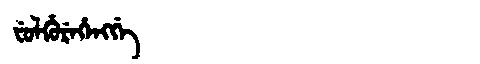
Manchu: ᠸᡠᠯᡥᡠᡵᡝᡥᡝᠩᡤᡝ
Romanization: FULHUREHENGGE